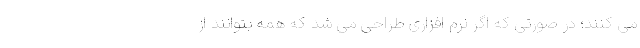
می کنند؛ در صورتی که اگر نرم افزاری طراحی می شد که همه بتوانند از